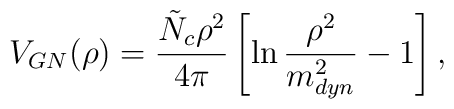
V_{GN}(\rho)=\frac{\tilde{N}_c\rho^2}{4\pi}\left[\ln\frac{\rho^2}{m_{dyn}^2}-1\right],